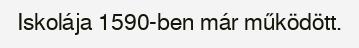
Iskolája 1590-ben már működött.